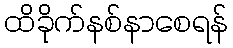
ထိခိုက်နစ်နာစေရန်